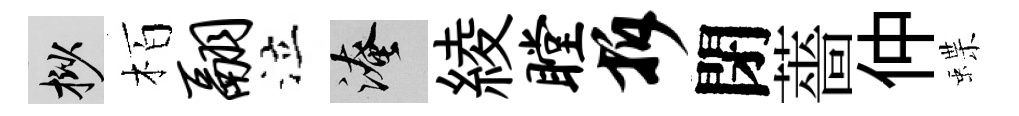
挲栢翮泣淹綾瞠拆閉薔仲蝶